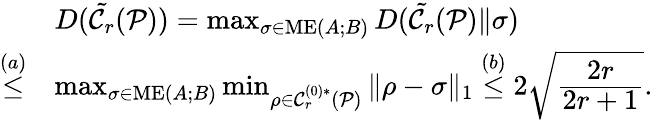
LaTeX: \begin{array}{rl}&{D(\tilde{\mathcal{C}_{r}}(\mathcal{P}))=\operatorname*{max}_{\sigma\in\mathrm{ME}(A;B)}D(\tilde{\mathcal{C}_{r}}(\mathcal{P})\| \sigma)}\\ {\stackrel{(a)}{\le}}&{\operatorname*{max}_{\sigma\in\mathrm{ME}(A;B)}\operatorname*{min}_{\rho\in\mathcal{C}_{r}^{(0)\ast}(\mathcal{P})}\| \rho-\sigma\| _{1}\stackrel{(b)}{\le}2\sqrt{\cfrac{2r}{2r+1}}.}\end{array}